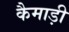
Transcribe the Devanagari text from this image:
कैमाड़ी